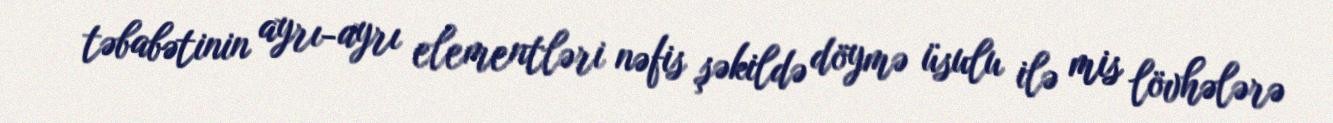
təbabətinin ayrı-ayrı elementləri nəfis şəkildə döymə üsulu ilə mis lövhələrə